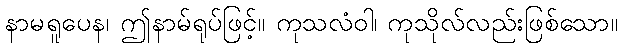
နာမရူပေန၊ ဤနာမ်ရုပ်ဖြင့်။ ကုသလံဝါ၊ ကုသိုလ်လည်းဖြစ်သော။